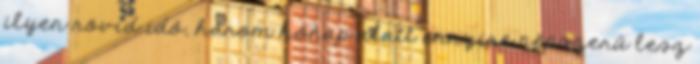
ilyen rövid idő, három hónap alatt ennyire népszerű lesz